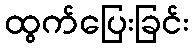
ထွက်ပြေးခြင်း